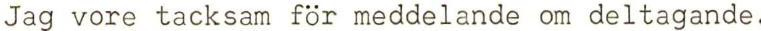
Jag vore tacksam för meddelande om deltagande